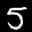
Label: 5